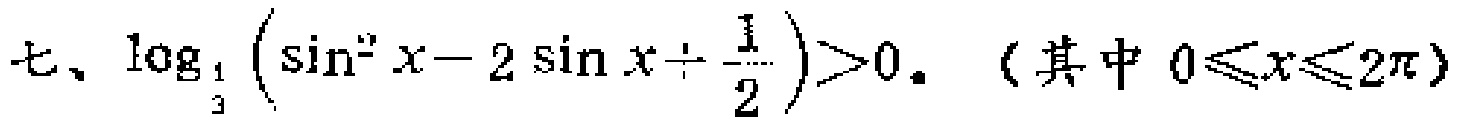
七、\(\log_{\frac{1}{3}}\left(\sin^{2}x - 2\sin x+\frac{1}{2}\right)>0\)。（其中 \(0\leqslant x\leqslant2\pi\)）